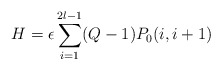
\begin{align*}H=\epsilon\sum_{i=1}^{2l-1}(Q-1)P_{0}(i,i+1) \end{align*}